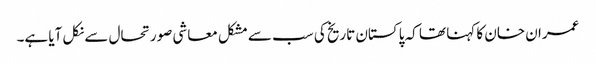
عمران خان کا کہنا تھا کہ پاکستان تاریخ کی سب سے مشکل معاشی صورتحال سے نکل آیا ہے۔